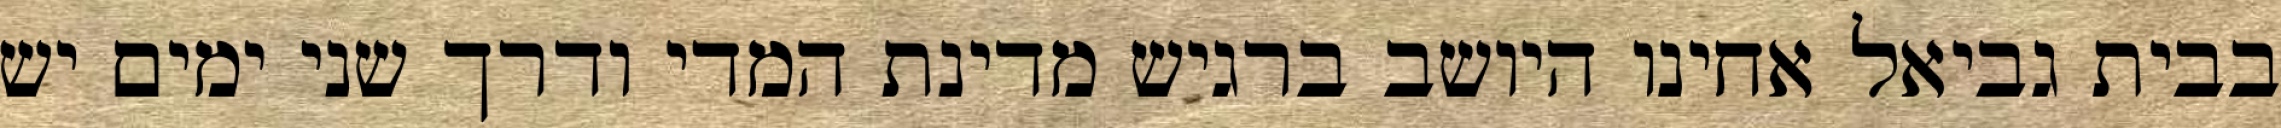
בבית גביאל אחינו היושב ברגיש מדינת המדי ודרך שני ימים יש